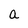
Character: a